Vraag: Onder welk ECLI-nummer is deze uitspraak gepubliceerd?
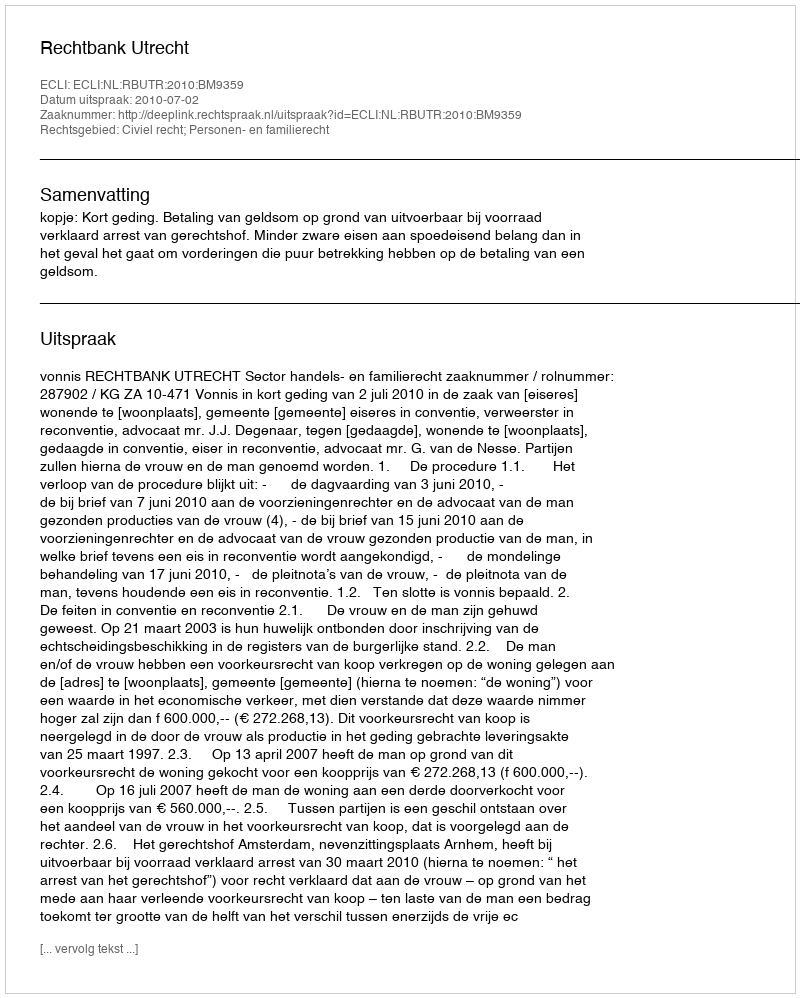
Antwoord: ECLI:NL:RBUTR:2010:BM9359